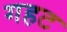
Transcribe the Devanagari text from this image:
गहट